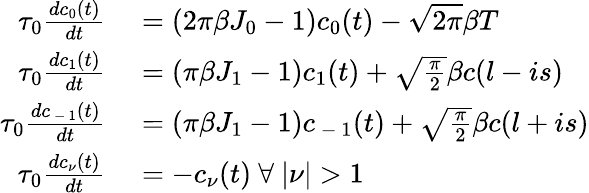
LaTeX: \begin{array}{rl}{\tau_{0}\frac{dc_{0}(t)}{dt}}&{{}=(2\pi\beta J_{0}-1)c_{0}(t)-\sqrt{2\pi}\beta T}\\ {\tau_{0}\frac{dc_{1}(t)}{dt}}&{{}=(\pi\beta J_{1}-1)c_{1}(t)+\sqrt{\frac{\pi}{2}}\beta c(l-is)}\\ {\tau_{0}\frac{dc_{\mathrm{~-~}1}(t)}{dt}}&{{}=(\pi\beta J_{1}-1)c_{\mathrm{~-~}1}(t)+\sqrt{\frac{\pi}{2}}\beta c(l+is)}\\ {\tau_{0}\frac{dc_{\nu}(t)}{dt}}&{{}=-c_{\nu}(t)\ \forall\ \lvert\nu\rvert>1}\end{array}